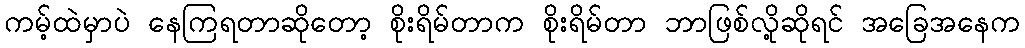
ကမ့်ထဲမှာပဲ နေကြရတာဆိုတော့ စိုးရိမ်တာက စိုးရိမ်တာ ဘာဖြစ်လို့ဆိုရင် အခြေအနေက